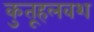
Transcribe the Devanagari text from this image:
कुतूहलवश